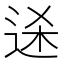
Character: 𬨥